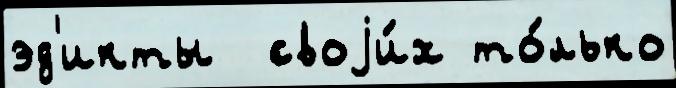
эд'икты  своjи́х то́лько